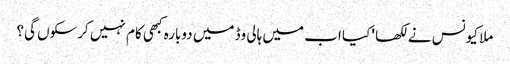
ملا کیونس نے لکھا ' کیا اب میں ہالی وڈ میں دوبارہ کبھی کام نہیں کرسکوں گی؟